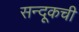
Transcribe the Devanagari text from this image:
सन्दूकची